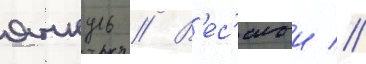
янкуль // В'ес'елыи //